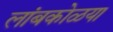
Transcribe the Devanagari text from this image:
लांबकोळया